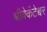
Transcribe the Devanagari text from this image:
श्रीवेकंटेश्वर